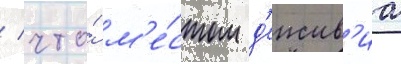
/ что́ м'е́стом д'еиств'иа